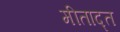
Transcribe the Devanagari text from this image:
मीताद्त